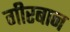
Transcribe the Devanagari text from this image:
गीरबान